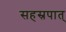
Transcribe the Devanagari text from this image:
सहस्रपात्